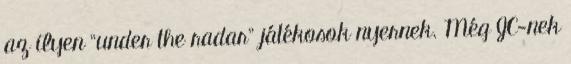
az ilyen “under the radar” játékosok nyernek. Még JC-nek